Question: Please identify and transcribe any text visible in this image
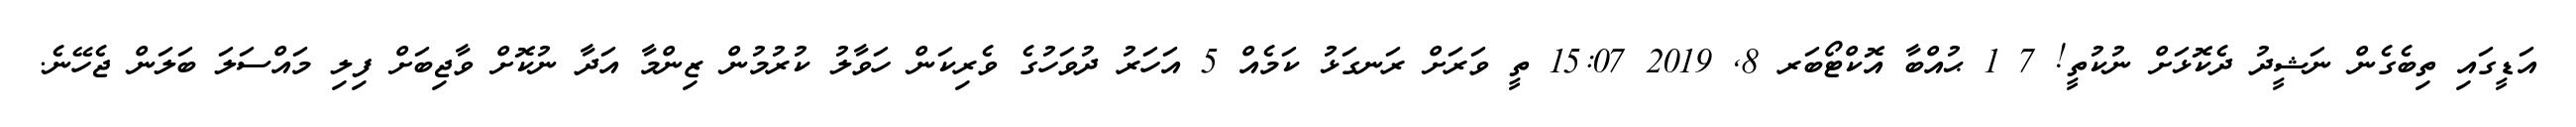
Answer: އަޑީގައި ތިބެގެން ނަޝީދު ދެކޮޅަށް ނުކުތީ! 7 1 ޙުއްބާ އޮކްޓޯބަރ 8, 2019 15:07 ތީ ވަރަށް ރަނގަޅު ކަމެއް 5 އަހަރު ދުވަހުގެ ވެރިކަން ހަވާލު ކުރުމުން ޒިންމާ އަދާ ނުކޮށް ވާޖިބަށް ފިލި މައްސަލަ ބަލަން ޖެހޭނެ.